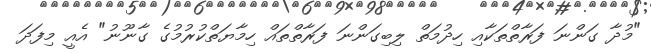
"މުދާ ގަންނަ ފަރާތްތަކާއި ހިދުމަތް ލިބިގަންނަ ފަރާތްތައް ހިމާޔަތްކުރުމުގެ ގާނޫނު" އެއީ މިފަދަ